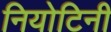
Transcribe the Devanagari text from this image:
नियोटिनी